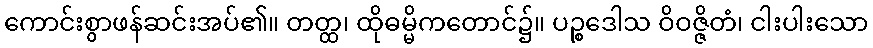
ကောင်းစွာဖန်ဆင်းအပ်၏။ တတ္ထ၊ ထိုဓမ္မိကတောင်၌။ ပဉ္စဒေါသ ဝိဝဇ္ဇိတံ၊ ငါးပါးသော